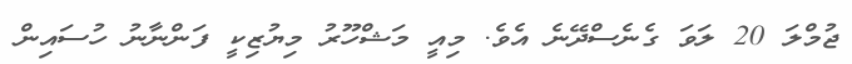
ޖުމްލަ 20 ލަވަ ގެނެސްދޭނެ އެވެ. މިއީ މަޝްހޫރު މިޔުޒިކީ ފަންނާނު ހުސައިން